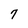
Character: 7